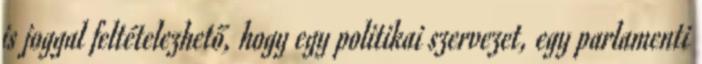
is joggal feltételezhető, hogy egy politikai szervezet, egy parlamenti